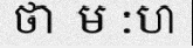
ថា  ម :ហ